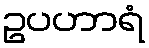
ဥပဟာရံ